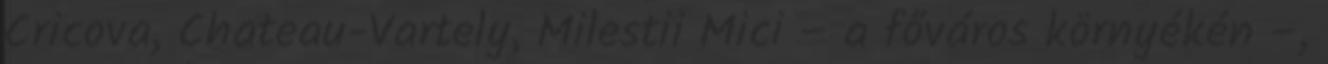
Cricova, Chateau-Vartely, Milestii Mici – a főváros környékén –,